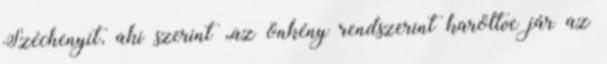
Széchenyit, aki szerint „az önkény rendszerint karöltve jár az